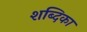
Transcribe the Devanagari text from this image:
शब्दिका